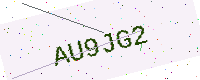
Text: AU9JG2